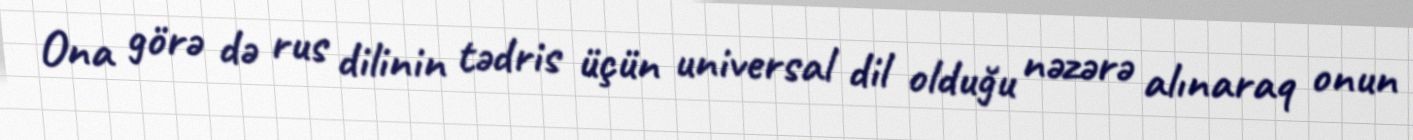
Ona görə də rus dilinin tədris üçün universal dil olduğu nəzərə alınaraq onun